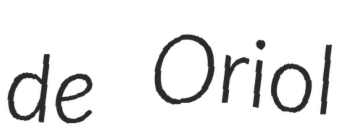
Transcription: de Oriol